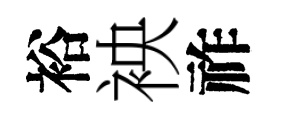
裕䘧祚